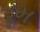
ડૂમ